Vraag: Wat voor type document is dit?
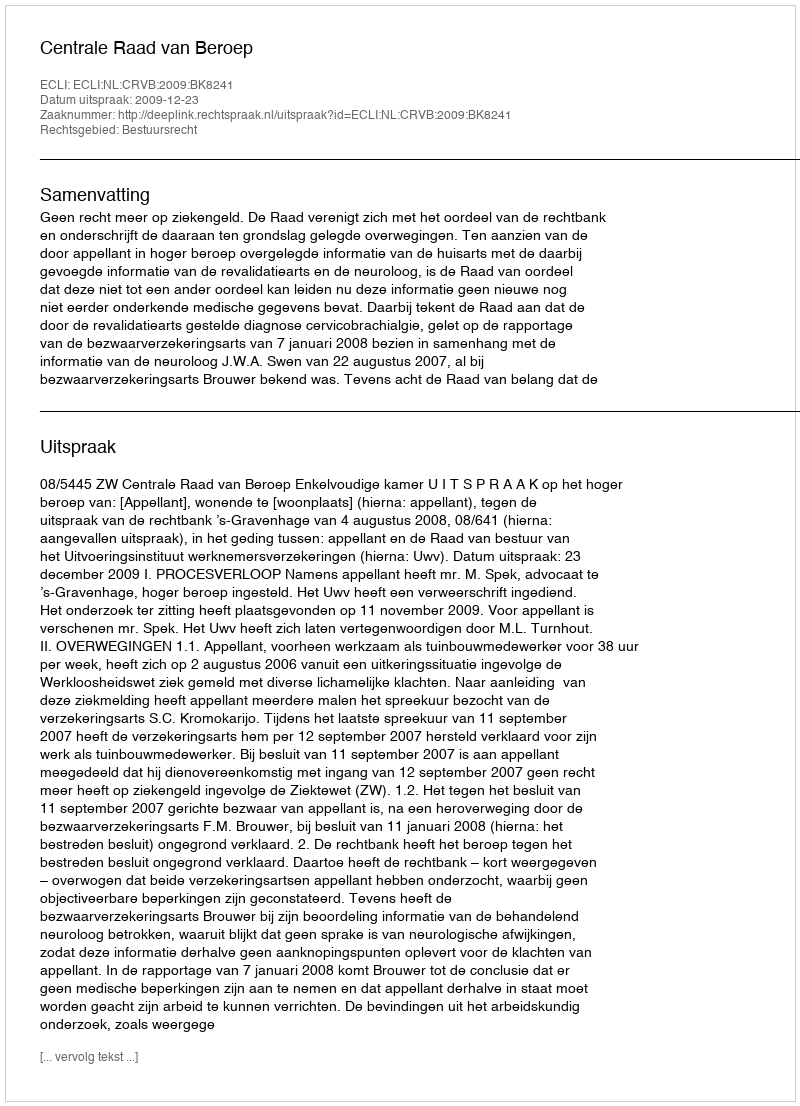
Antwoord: Uitspraak